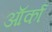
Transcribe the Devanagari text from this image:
ऑर्का